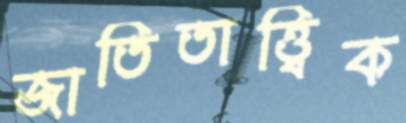
জাতিতাত্ত্বিক